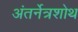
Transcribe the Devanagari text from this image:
अंतर्नेत्रशोथ